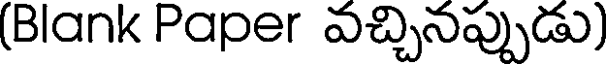
(Blank Paper వచ్చినప్పుడు)